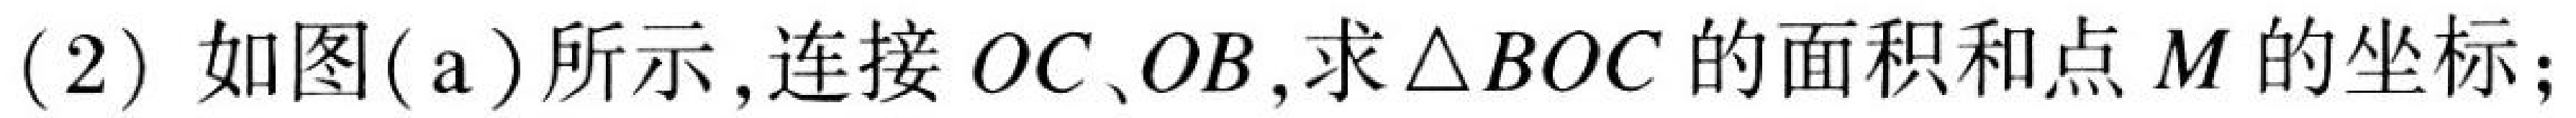
(2) 如图(a)所示, 连接 \(OC、OB\), 求\(\triangle BOC\)的面积和点 \(M\)的坐标；